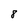
Character: 8